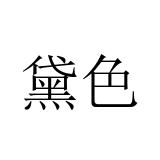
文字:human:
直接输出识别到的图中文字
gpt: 黛色